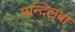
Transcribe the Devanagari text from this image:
मन्दिलबा